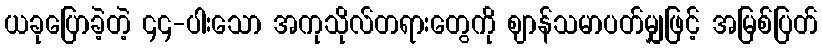
ယခုပြောခဲ့တဲ့ ၄၄-ပါးသော အကုသိုလ်တရားတွေကို ဈာန်သမာပတ်မျှဖြင့် အမြစ်ပြတ်